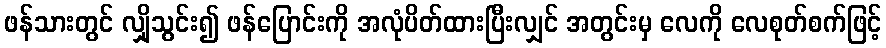
ဖန်သားတွင် လျှိုသွင်း၍ ဖန်ပြောင်းကို အလုံပိတ်ထားပြီးလျှင် အတွင်းမှ လေကို လေစုတ်စက်ဖြင့်